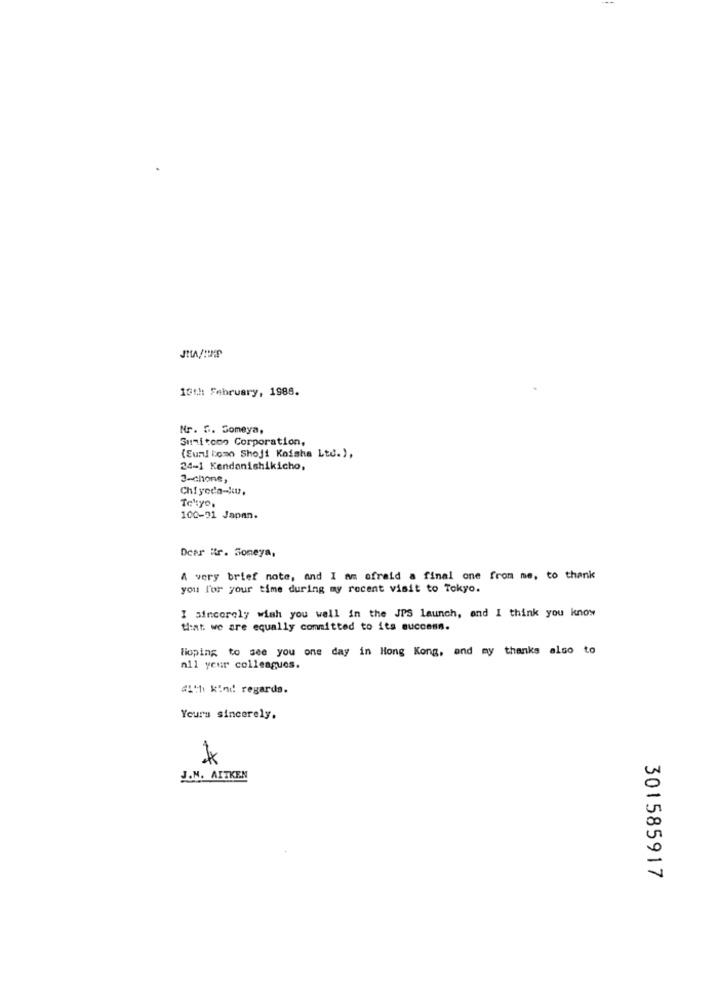
16th February, 1988.
Nr. G. Someya,
Sumitomo Corporation,
(Eur! bomo Shoji Kaisha Ltd.),
24-1 Kendonishikicho,
3-chone,
Tehtyo.
100-21 Japan.
Dear ir. Soneya,
A very brief note, and I am afraid a final one from me, to thank
you for your time during my recent visit to Tokyo.
I sincerely wish you well in the JPS launch, and I think you know
that we are equally committed to its success.
Hoping to see you one day in Hong Kong, and my thanks also to
all your colleagues.
#1th kind regards.
Yours sincerely.
*
J.M. AITKEN
301585917